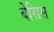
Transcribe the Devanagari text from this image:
बेसिस